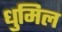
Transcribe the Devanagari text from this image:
धुमिल